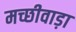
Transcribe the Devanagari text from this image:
मच्छीवाड़ा